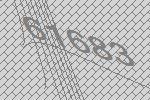
61683